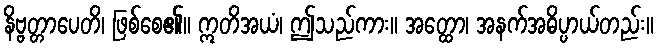
နိဗ္ဗတ္တာပေတိ၊ ဖြစ်စေ၏။ ဣတိအယံ၊ ဤသည်ကား။ အတ္ထော၊ အနက်အဓိပ္ပာယ်တည်း။